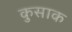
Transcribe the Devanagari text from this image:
कुसाक